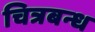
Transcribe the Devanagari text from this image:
चित्रबन्ध